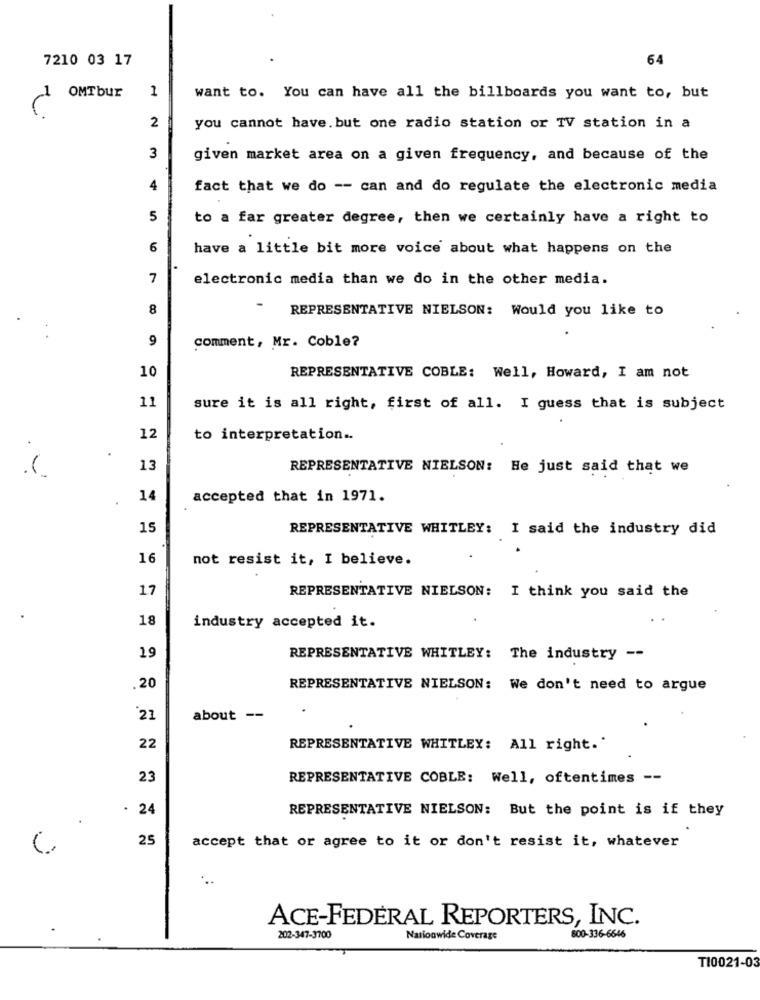
7210 03 17
64
OMTbur
1
1
want to. You can have all the billboards you want to, but
2
you cannot have. but one radio station or TV station in a
3
given market area on a given frequency, and because of the
4
fact that we do -- can and do regulate the electronic media
5
to a far greater degree, then we certainly have a right to
6
have a little bit more voice about what happens on the
7
electronic media than we do in the other media.
8
REPRESENTATIVE NIELSON: Would you like to
9
comment, Mr. Coble?
10
REPRESENTATIVE COBLE: Well, Howard, I am not
11
sure it is all right, first of all. I guess that is subject
12
to interpretation ..
(
13
REPRESENTATIVE NIELSON: He just said that we
14
accepted that in 1971.
15
REPRESENTATIVE WHITLEY: I said the industry did
16
not resist it, I believe.
17
REPRESENTATIVE NIELSON: I think you said the
18
industry accepted it.
19
REPRESENTATIVE WHITLEY: The industry --
.20
REPRESENTATIVE NIELSON: We don't need to argue
21
about --
22
REPRESENTATIVE WHITLEY: All right."
23
REPRESENTATIVE COBLE: Well, oftentimes --
.
REPRESENTATIVE NIELSON: But the point is if they
.
25
accept that or agree to it or don't resist it, whatever
ACE-FEDERAL REPORTERS, INC.
202-347-3700
Nationwide Coverage
800-336-6646
TI0021-03